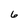
Character: 6